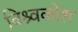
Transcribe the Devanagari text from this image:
विश्र्वकोश